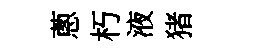
蔥朽液猪